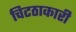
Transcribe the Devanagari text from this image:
चिटठाकारी